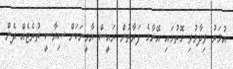
އުމަރު ވިދާޅުވި ގޮތުގައި އޭނާގެ ފަރާތުން ރައީސް ޔާމީނަކަށް ސިޔާސީ ތުރެޓެއް ދެން